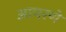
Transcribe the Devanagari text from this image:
आचरणे